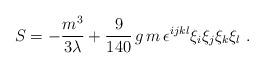
LaTeX: \begin{align*}S=-\frac{m^3}{3\lambda}+\frac{9}{140}\,g\,m\,\epsilon^{ijkl}\xi_i\xi_j\xi_k\xi_l\ .\end{align*}